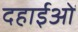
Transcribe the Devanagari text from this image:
दहाईओं